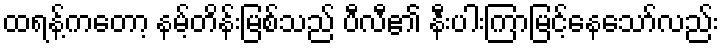
ထရန့်ကတော့ နမ့်တိန်းမြစ်သည် ပီလီ၏ နီးပါးကြာမြင့်နေသော်လည်း